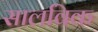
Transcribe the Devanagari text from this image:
सालविक